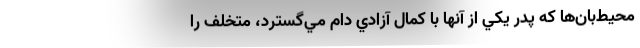
محيط‌بان‌ها كه پدر يكي از آنها با كمال آزادي دام مي‌گسترد، متخلف را